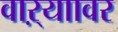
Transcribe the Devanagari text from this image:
वाऱ्याावर